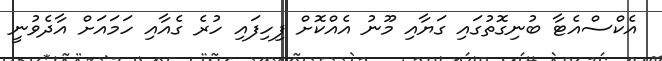
އެކްސްއެޓާ ބުނިގޮތުގައި ގަޔާއި މޫނު އެއްކޮށް ފިހިފައި ހުރެ ގެއާއި ހަމައަށް އާދެވުނީ